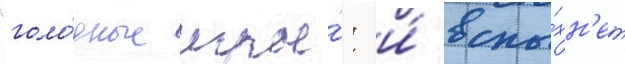
"голо́дные игры́: и́ вспы́хн'ет